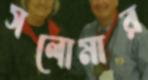
সলোমার